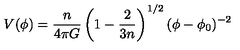
V ( \phi ) = { \frac { n } { 4 \pi G } } \left( 1 - { \frac { 2 } { 3 n } } \right) ^ { 1 / 2 } ( \phi - \phi _ { 0 } ) ^ { - 2 }